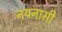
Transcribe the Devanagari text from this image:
नयनासी